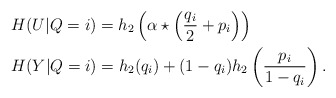
\begin{align*}&H(U|Q=i)=h_2\left(\alpha\star\left(\frac{q_i}{2}+p_i\right)\right)\\&H(Y|Q=i)=h_2(q_i)+(1-q_i)h_2\left(\frac{p_i}{1-q_i}\right). \end{align*}